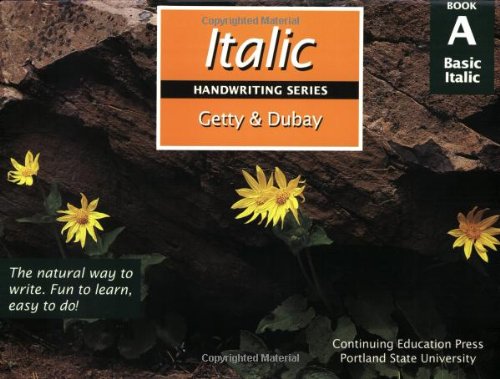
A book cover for Italic Handwriting Series Book A; Barbara Getty; Reference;